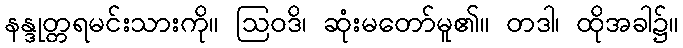
နန္ဒုတ္တရမင်းသားကို။ ဩဝဒိ၊ ဆုံးမတော်မူ၏။ တဒါ၊ ထိုအခါ၌။